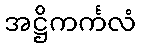
အဋ္ဌိကင်္ကလံ